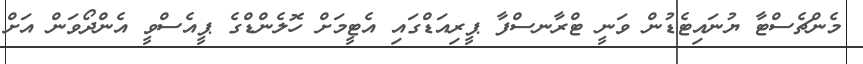
މެންޗެސްޓާ ޔުނައިޓެޑުން ވަނީ ޓްރާނސްފާ ޕީރިއަޑްގައި އެޓީމަށް ހޮލެންޑްގެ ޕީއެސްވީ އެންދޯވަން އަށް